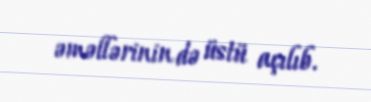
əməllərinin də üstü açılıb.